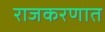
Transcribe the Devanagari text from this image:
राजकरणात